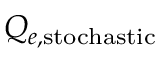
Q _ { e , \mathrm { s t o c h a s t i c } }